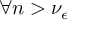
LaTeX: \forall n > \nu _ { \epsilon }